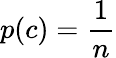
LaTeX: p(c)=\frac{1}{n}